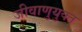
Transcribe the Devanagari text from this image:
जीवाणुयुक्त